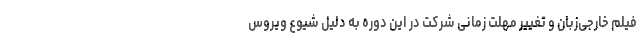
فیلم خارجی‌زبان و تغییر مهلت زمانی شرکت در این دوره به دلیل شیوع ویروس